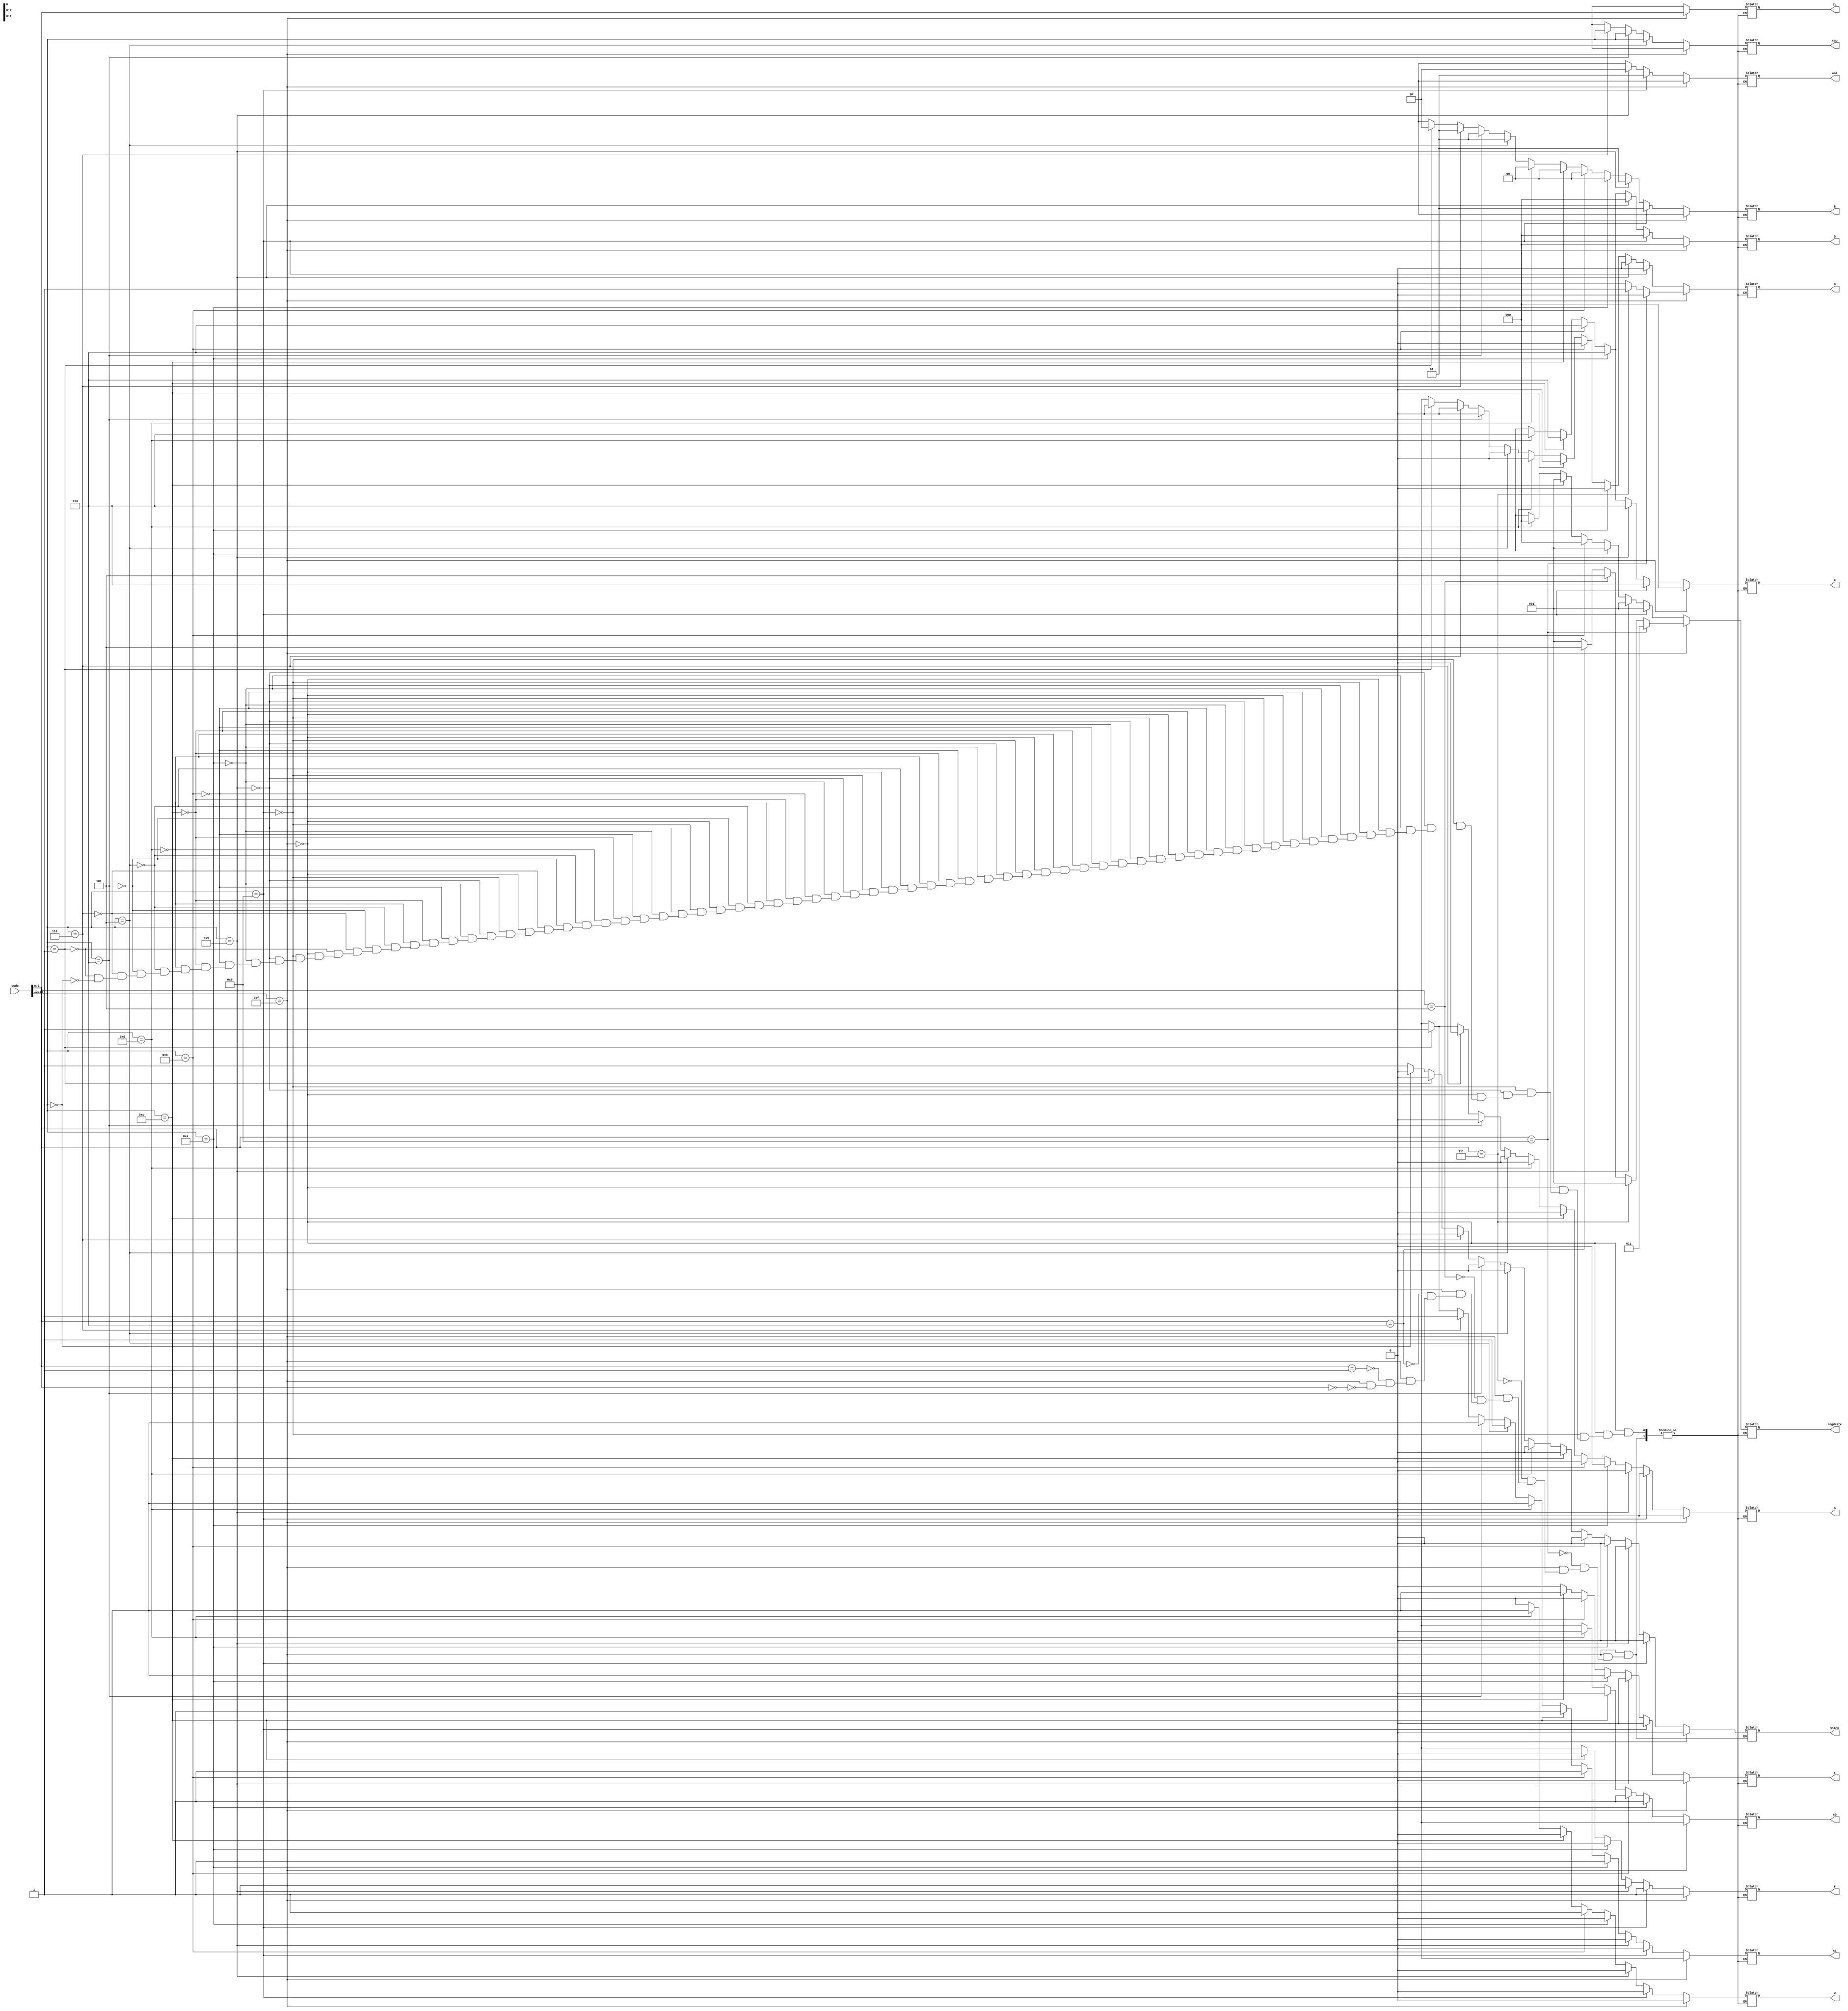
//Control Unit

module cu (input [15:0] code,
	   output reg [3:0] cmp, fc,	/*compare, function code*/
	   output reg [2:0] C, D, regWrite,
	   output reg [1:0] aoi, B,	/*ANDi, ORi*/
	   output reg A, F, G, sz, sb, w, r, stahp);

wire [3:0] opcode;
wire [3:0] functionCode;

assign opcode = code[15:12];
assign functionCode = code[3:0];

always@(*)
begin
	if (opcode == 4'b1111)
	begin
		if (functionCode == 4'b0000)	//Signed Addition
		begin
			stahp = 1'b0;
			A = 1'b0;
			B = 2'bxx;
			C = 3'b000;
			D = 3'b000;
			F = 1'b1;
			G = 1'b0;
			regWrite = 3'b001;
			sz = 1'bx;
			sb = 1'bx;
			cmp = 4'bxxxx;
			aoi = 2'bxx;
			fc = functionCode;
			w = 1'b0;
			r = 1'b0;
		end

		if (functionCode == 4'b0001)	//Signed Subtraction
		begin
			stahp = 1'b0;
			A = 1'b0;
			B = 2'bxx;
			C = 3'b000;
			D = 3'b000;
			F = 1'b1;
			G = 1'b0;
			regWrite = 3'b001;
			sz = 1'bx;
			sb = 1'bx;
			cmp = 4'bxxxx;
			aoi = 2'bxx;
			fc = functionCode;
			w = 1'b0;
			r = 1'b0;
		end

		if (functionCode == 4'b0100)	//Signed Multiplication
		begin
			stahp = 1'b0;
			A = 1'b0;
			B = 2'bxx;
			C = 3'b000;
			D = 3'b000;
			F = 1'b1;
			G = 1'b0;
			regWrite = 3'b101;
			sz = 1'bx;
			sb = 1'bx;
			cmp = 4'bxxxx;
			aoi = 2'bxx;
			fc = functionCode;
			w = 1'b0;
			r = 1'b0;
		end

		if (functionCode == 4'b0101)	//Signed Division
		begin
			stahp = 1'b0;
			A = 1'b0;
			B = 2'bxx;
			C = 3'b000;
			D = 3'b000;
			F = 1'b1;
			G = 1'b0;
			regWrite = 3'b101;
			sz = 1'bx;
			sb = 1'bx;
			cmp = 4'bxxxx;
			aoi = 2'bxx;
			fc = functionCode;
			w = 1'b0;
			r = 1'b0;
		end

		if (functionCode == 4'b0111)	//Move
		begin
			stahp = 1'b0;
			A = 1'b0;
			B = 2'bxx;
			C = 3'b000;
			D = 3'bxxx;
			F = 1'b1;
			G = 1'b1;
			regWrite = 3'b001;
			sz = 1'bx;
			sb = 1'bx;
			cmp = 4'bxxxx;
			aoi = 2'bxx;
			fc = functionCode;
			w = 1'b0;
			r = 1'b0;
		end

		if (functionCode == 4'b1000)	//SWAP
		begin
			stahp = 1'b0;
			A = 1'b0;
			B = 2'bxx;
			C = 3'b000;
			D = 3'b000;
			F = 1'b1;
			G = 1'b0;
			regWrite = 3'b011;
			sz = 1'bx;
			sb = 1'bx;
			cmp = 4'bxxxx;
			aoi = 2'bxx;
			fc = functionCode;
			w = 1'b0;
			r = 1'b0;
		end
	end

	else if (opcode == 4'b1000)		//AND Immediate
	begin
		stahp = 1'b0;
		A = 1'b0;
		B = 2'b01;
		C = 3'b100;
		D = 3'b000;
		F = 1'b1;
		G = 1'b0;
		regWrite = 3'b001;
		sz = 1'b0;
		sb = 1'bx;
		cmp = 4'bxxxx;
		aoi = 2'b01;
		fc = 4'bxxxx;
		w = 1'b0;
		r = 1'b0;
	end

	else if (opcode == 4'b1001)		//OR Immediate
	begin
		stahp = 1'b0;
		A = 1'b0;
		B = 2'b01;
		C = 3'b100;
		D = 3'b000;
		F = 1'b1;
		G = 1'b0;
		regWrite = 3'b001;
		sz = 1'b0;
		sb = 1'bx;
		cmp = 4'bxxxx;
		aoi = 2'b10;
		fc = 4'bxxxx;
		w = 1'b0;
		r = 1'b0;
	end

	else if (opcode == 4'b1010)		//Load Byte Unsigned
	begin
		stahp = 1'b0;
		A = 1'b0;
		B = 2'b00;
		C = 3'b100;
		D = 3'b100;
		F = 1'b0;
		G = 1'b0;
		regWrite = 3'b001;
		sz = 1'b1;
		sb = 1'b1;
		cmp = 4'bxxxx;
		aoi = 2'bxx;
		fc = 4'bxxxx;
		w = 1'b0;
		r = 1'b1;
	end

	else if (opcode == 4'b1011)		//Store Byte
	begin
		stahp = 1'b0;
		A = 1'b0;
		B = 2'b00;
		C = 3'b100;
		D = 3'b100;
		F = 1'bx;
		G = 1'b0;
		regWrite = 3'b000;
		sz = 1'b1;
		sb = 1'b1;
		cmp = 4'bxxxx;
		aoi = 2'bxx;
		fc = 4'bxxxx;
		w = 1'b1;
		r = 1'b0;
	end

	else if (opcode == 4'b1100)		//Load
	begin
		stahp = 1'b0;
		A = 1'b0;
		B = 2'b00;
		C = 3'b100;
		D = 3'b100;
		F = 1'b0;
		G = 1'b0;
		regWrite = 3'b001;
		sz = 1'b1;
		sb = 1'b0;
		cmp = 4'bxxxx;
		aoi = 2'bxx;
		fc = 4'bxxxx;
		w = 1'b0;
		r = 1'b1;
	end

	else if (opcode == 4'b1101)		//Store
	begin
		stahp = 1'b0;
		A = 1'b0;
		B = 2'b00;
		C = 3'b100;
		D = 3'b100;
		F = 1'bx;
		G = 1'b0;
		regWrite = 3'b000;
		sz = 1'b1;
		sb = 1'b0;
		cmp = 4'bxxxx;
		aoi = 2'bxx;
		fc = 4'bxxxx;
		w = 1'b1;
		r = 1'b0;
	end

	else if (opcode == 4'b0101)		//Bacon Lettuce Tomato
	begin
		stahp = 1'b0;
		A = 1'b0;
		B = 2'b01;
		C = 3'bxxx;
		D = 3'bxxx;
		F = 1'bx;
		G = 1'b0;
		regWrite = 3'bxxx;
		sz = 1'b1;
		sb = 1'bx;
		cmp = opcode;
		aoi = 2'bxx;
		fc = 4'bxxxx;
		w = 1'b0;
		r = 1'b0;
	end

	else if (opcode == 4'b0100)		//Branch on Greater Than
	begin
		stahp = 1'b0;
		A = 1'b0;
		B = 2'b01;
		C = 3'bxxx;
		D = 3'bxxx;
		F = 1'bx;
		G = 1'b0;
		regWrite = 3'bxxx;
		sz = 1'b1;
		sb = 1'bx;
		cmp = opcode;
		aoi = 2'bxx;
		fc = 4'bxxxx;
		w = 1'b0;
		r = 1'b0;
	end

	else if (opcode == 4'b0110)		//Branch on Equal
	begin
		stahp = 1'b0;
		A = 1'b0;
		B = 2'b01;
		C = 3'bxxx;
		D = 3'bxxx;
		F = 1'bx;
		G = 1'b0;
		regWrite = 3'bxxx;
		sz = 1'b1;
		sb = 1'bx;
		cmp = opcode;
		aoi = 2'bxx;
		fc = 4'bxxxx;
		w = 1'b0;
		r = 1'b0;
	end

	else if (opcode == 4'b0001)		//Jump
	begin
		stahp = 1'b0;
		A = 1'b1;
		B = 2'b10;
		C = 3'bxxx;
		D = 3'bxxx;
		F = 1'bx;
		G = 1'b0;
		regWrite = 3'bxxx;
		sz = 1'b1;
		sb = 1'bx;
		cmp = 4'bxxxx;
		aoi = 2'bxx;
		fc = 4'bxxxx;
		w = 1'b0;
		r = 1'b0;
	end

	else if (opcode == 4'b0000)		//Halt
	begin
		stahp = 1'b0;
		A = 1'bx;
		B = 2'bxx;
		C = 3'bxxx;
		D = 3'bxxx;
		F = 1'bx;
		G = 1'bx;
		regWrite = 3'bxxx;
		sz = 1'bx;
		sb = 1'bx;
		cmp = 4'bxxxx;
		aoi = 2'bxx;
		fc = 4'bxxxx;
		w = 1'b0;
		r = 1'b0;
	end
	else
		stahp = 1'b1;
		
end

endmodule